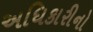
અધિકારીનો